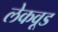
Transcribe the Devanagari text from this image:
लेकवूड